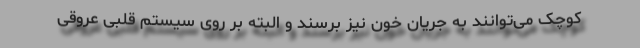
کوچک می‌توانند به جریان خون نیز برسند و البته بر روی سیستم قلبی عروقی